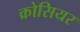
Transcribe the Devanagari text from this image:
क्रोसियर